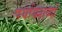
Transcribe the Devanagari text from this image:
पर्यायशब्दों